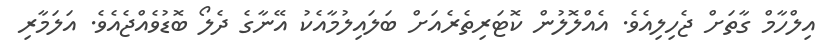
އިލްހާމް ގާތަށް ޖެހިލިއެވެ. އެއްލޮލުން ކޮޓަރިތެރެއަށް ބަލައިލުމާއެކު އޭނާގެ ދެލޯ ބޮޑުވެއްޖެއެވެ. އަލަމާރި